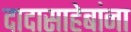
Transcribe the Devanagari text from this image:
दादासाहेबांना